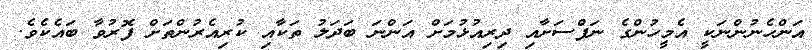
އަންހެނުންނަކީ އެމީހުންގެ ނަފްސަށާއި ދިރިއުޅުމަށް އަންނަ ބަދަލު ތަކާއި ކުރިއެރުންތަށް ފޮރުވާ ބައެކެވެ.